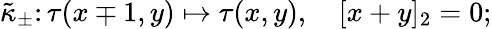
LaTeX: \tilde{\kappa}_{\pm}\colon\tau(x\mp 1,y)\mapsto\tau(x,y),\quad[x+y]_{2}=0;